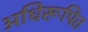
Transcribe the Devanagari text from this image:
अधिरूपित